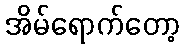
အိမ်ရောက်တော့